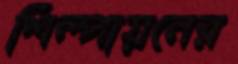
শিল্পায়নের